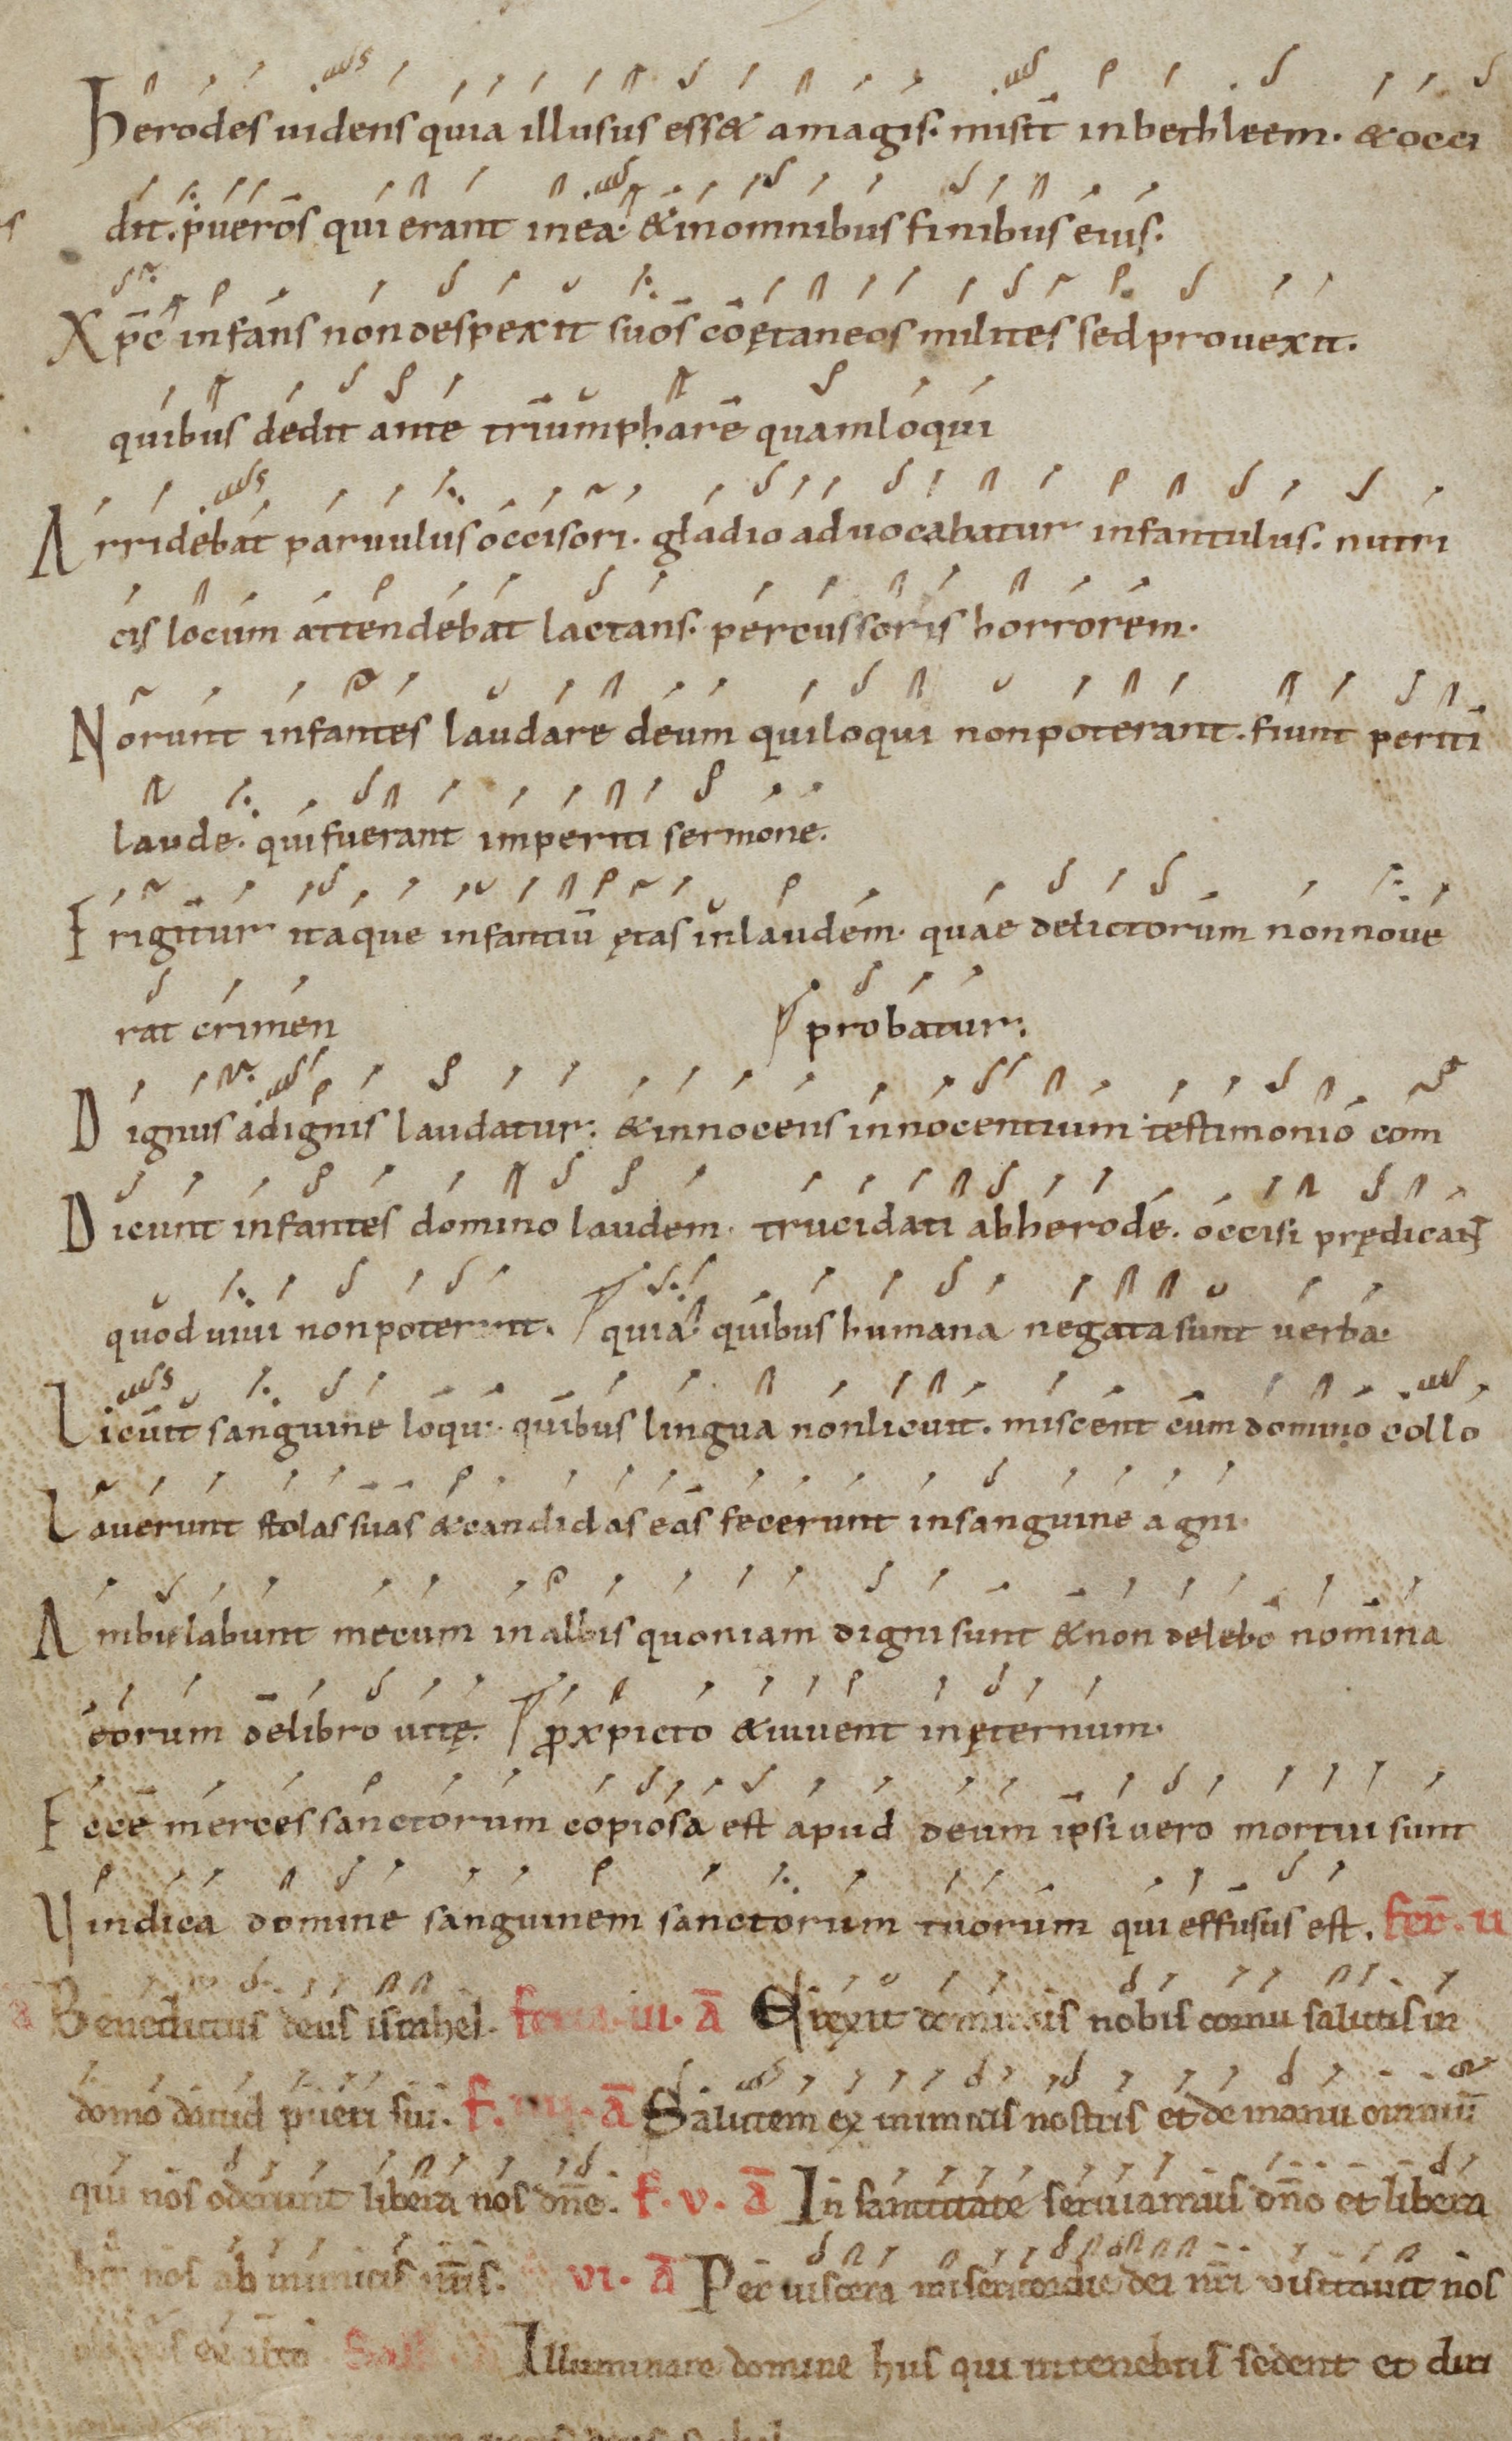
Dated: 1000–1099